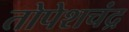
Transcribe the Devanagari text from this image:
तोपेशचंद्र